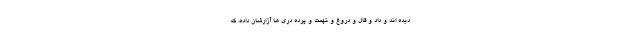
دیده اند و داد و قال و دروغ و تهمت و پرده دری ها آزارشان داده، که